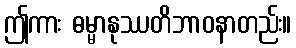
ဤကား ဓမ္မာနုဿတိဘာဝနာတည်း။